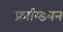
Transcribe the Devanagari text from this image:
फ्राय्डियन